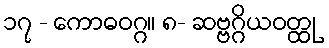
၁၇ - ကောဓဝဂ္ဂ။ ၈- ဆဗ္ဗဂ္ဂိယဝတ္ထု